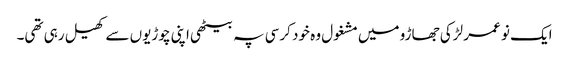
ایک نو عمر لڑکی جھاڑو میں مشغول وہ خود کرسی پہ بیٹھی اپنی چوڑیوں سے کھیل رہی تھی۔